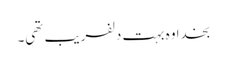
بخدا وہ بہت دلفریب تھی۔